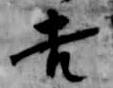
吉